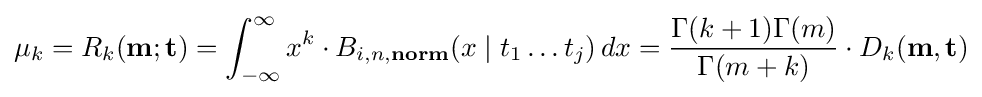
\mu _{k}=R_{k}(\mathbf {m} ;\mathbf {t} )=\int _{-\infty }^{\infty }x^{k}\cdot B_{i,n,{\textbf {norm}}}(x\mid t_{1}\dots t_{j})\,dx={\frac {\Gamma (k+1)\Gamma (m)}{\Gamma (m+k)}}\cdot D_{k}(\mathbf {m} ,\mathbf {t} )